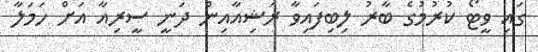
ގައި ވީޓޯ ކުރުމުގެ ބާރު ލިބިފައިވާ ރަޝިއާއިން ދަނީ ސީރިއާ އަށް ހަމަލާ